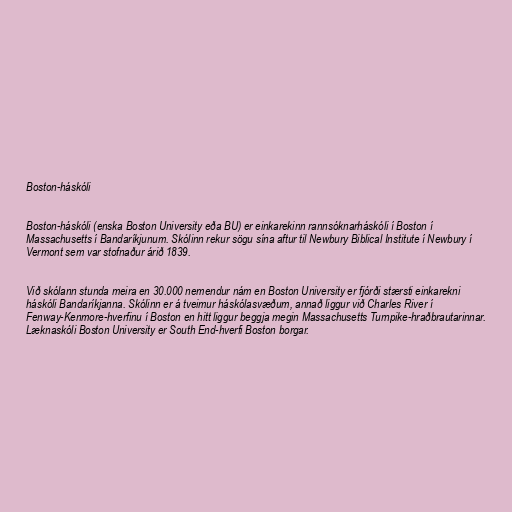
Boston-háskóli

Boston-háskóli (enska Boston University eða BU) er einkarekinn rannsóknarháskóli í Boston í
Massachusetts í Bandaríkjunum. Skólinn rekur sögu sína aftur til Newbury Biblical Institute í Newbury í
Vermont sem var stofnaður árið 1839.

Við skólann stunda meira en 30.000 nemendur nám en Boston University er fjórði stærsti einkarekni
háskóli Bandaríkjanna. Skólinn er á tveimur háskólasvæðum, annað liggur við Charles River í
Fenway-Kenmore-hverfinu í Boston en hitt liggur beggja megin Massachusetts Turnpike-hraðbrautarinnar.
Læknaskóli Boston University er South End-hverfi Boston borgar.